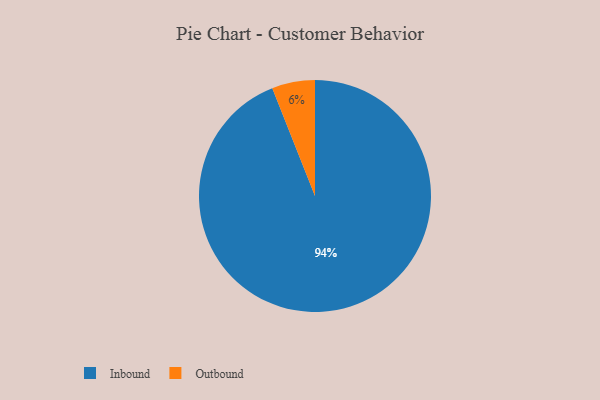
{"axis": {"x": "Category", "y": "Percentage"}, "legend": ["Inbound", "Outbound"], "data": [{"x": "Outbound", "y": 6, "type": "Outbound"}, {"x": "Inbound", "y": 94, "type": "Inbound"}]}